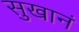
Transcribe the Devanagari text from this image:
सुखानं